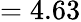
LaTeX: =4.63